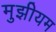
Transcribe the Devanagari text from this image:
मुझीयम